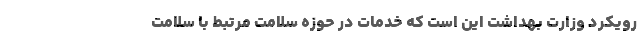
رویکرد وزارت بهداشت این است که خدمات در حوزه سلامت مرتبط با سلامت